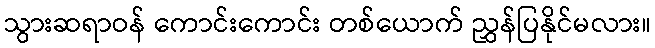
သွားဆရာဝန် ကောင်းကောင်း တစ်ယောက် ညွှန်ပြနိုင်မလား။